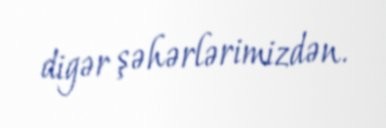
digər şəhərlərimizdən.